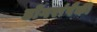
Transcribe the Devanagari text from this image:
डोंगरांपैकी